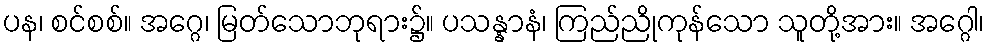
ပန၊ စင်စစ်။ အဂ္ဂေ၊ မြတ်သောဘုရား၌။ ပသန္နာနံ၊ ကြည်ညိုကုန်သော သူတို့အား။ အဂ္ဂေါ၊